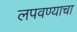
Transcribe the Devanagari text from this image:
लपवण्याचा